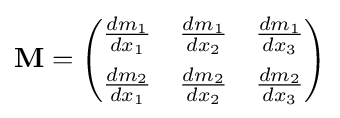
\mathbf {M} ={\begin{pmatrix}{\frac {dm_{1}}{dx_{1}}}&{\frac {dm_{1}}{dx_{2}}}&{\frac {dm_{1}}{dx_{3}}}\\[2mm]{\frac {dm_{2}}{dx_{1}}}&{\frac {dm_{2}}{dx_{2}}}&{\frac {dm_{2}}{dx_{3}}}\end{pmatrix}}